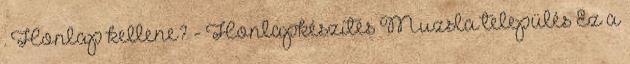
. Honlap kellene? - Honlapkészítés Muzsla település Ez a